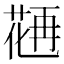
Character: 𱾇